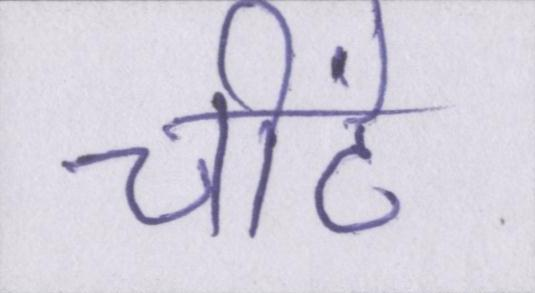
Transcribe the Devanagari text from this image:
चींटे